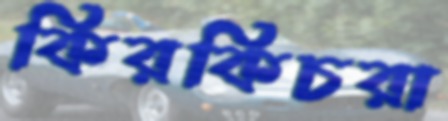
কিরকিচরা